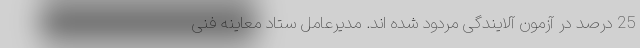
25 درصد در آزمون آلایندگی مردود شده اند. مدیرعامل ستاد معاینه فنی